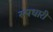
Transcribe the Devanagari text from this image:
रुपधारी